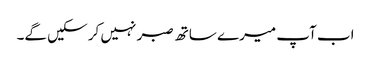
اب آپ میرے ساتھ صبر نہیں کر سکیں گے۔